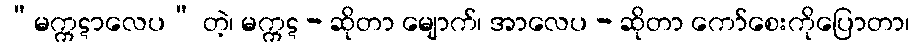
“မက္ကဋာလေပ” တဲ့၊ မက္ကဋ - ဆိုတာ မျောက်၊ အာလေပ - ဆိုတာ ကော်စေးကိုပြောတာ၊